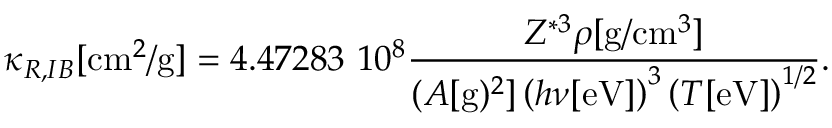
\kappa _ { R , I B } [ \mathrm { c m } ^ { 2 } / \mathrm { g } ] = 4 . 4 7 2 8 3 ~ 1 0 ^ { 8 } \frac { Z ^ { * 3 } \rho [ \mathrm { g } / \mathrm { c m } ^ { 3 } ] } { ( A [ \mathrm { g } ) ^ { 2 } ] \left( h \nu [ \mathrm { e V } ] \right) ^ { 3 } \left( T [ \mathrm { e V } ] \right) ^ { 1 / 2 } } .